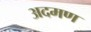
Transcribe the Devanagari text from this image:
अदमण